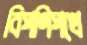
বিপণিপথে